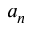
a _ { n }